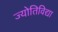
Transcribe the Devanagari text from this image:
ज्योतिविद्या